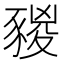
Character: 𧱭